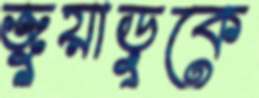
জুয়াড়ুকে